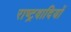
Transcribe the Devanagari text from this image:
राष्‍ट्रवादियों